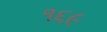
૧૬૯